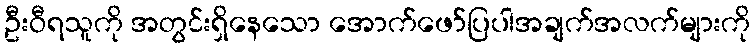
ဦးဝီရသူကို အတွင်းရှိနေသော အောက်ဖော်ပြပါအချက်အလက်များကို